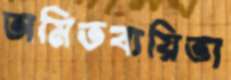
অমিতব্যয়িতা